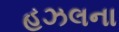
હઝલના